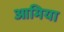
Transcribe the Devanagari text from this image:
आमिया